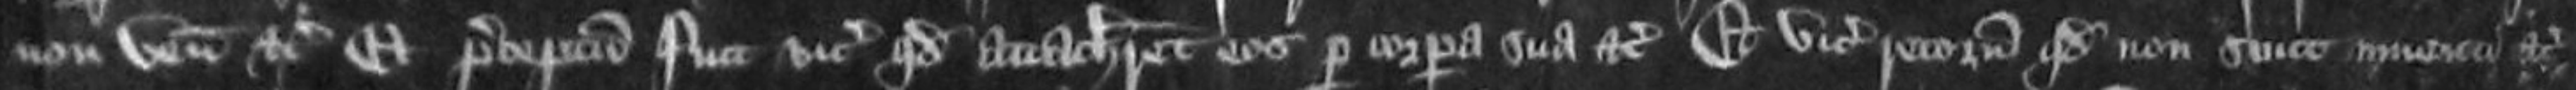
non veniunt etc Et preceptum fuit vicecomiti quod attachiaret eos per corpora sua etc Et vicecomes retornavit quod non sunt inventi etc